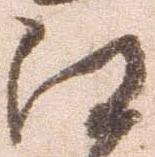
江